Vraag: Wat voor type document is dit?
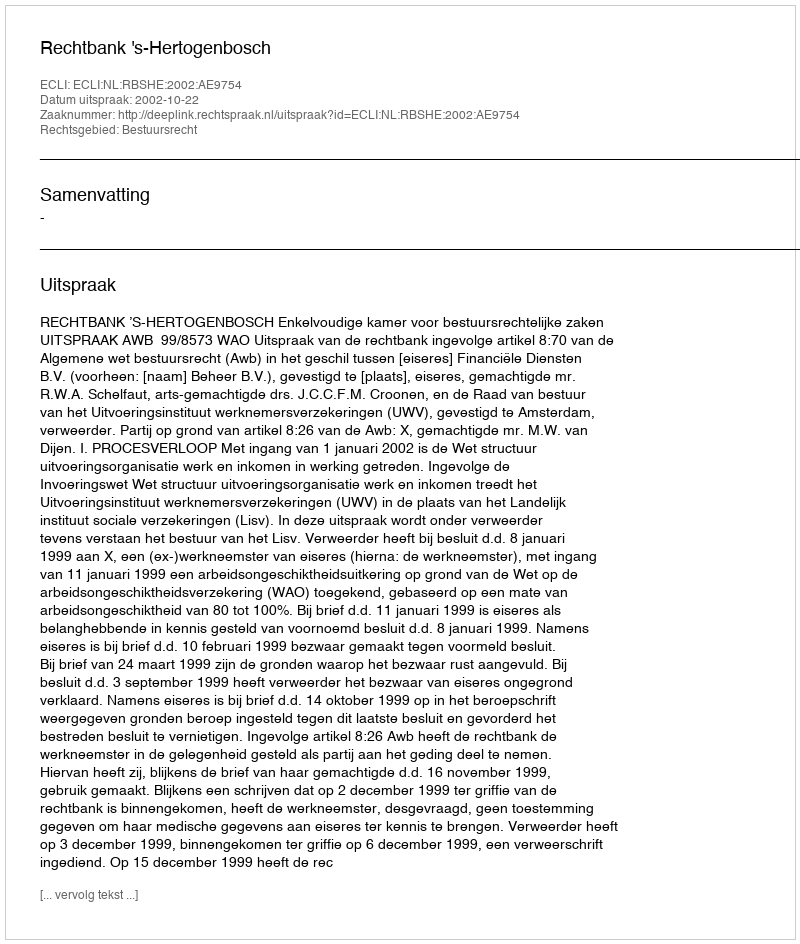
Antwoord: Uitspraak